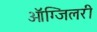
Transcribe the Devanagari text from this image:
ऑग्जिलरी